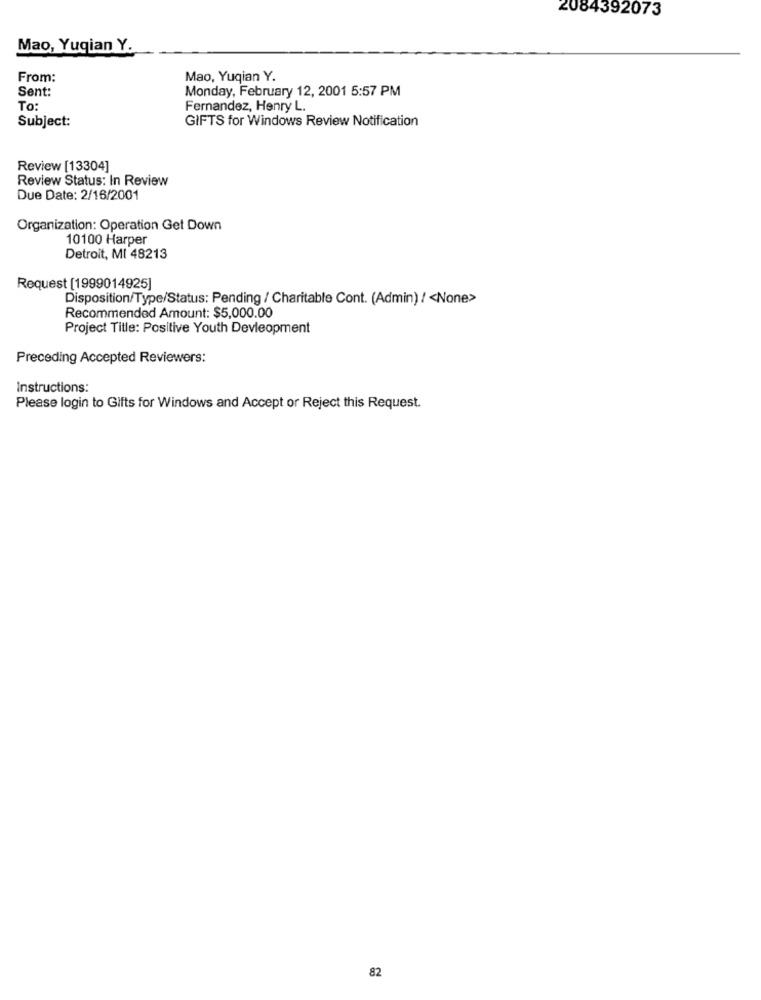
2084392073
Mao, Yuqian Y.
From:
Mao, Yuqian Y.
Sent:
Monday, February 12, 2001 5:57 PM
To:
Fernandez, Henry L.
Subject:
GIFTS for Windows Review Notification
Review [13304]
Review Status: In Review
Due Date: 2/16/2001
Organization: Operation Get Down
10100 Harper
Detroit, MI 48213
Request [1999014925]
Disposition/Type/Status: Pending / Charitable Cont. (Admin) ! < None>
Recommended Amount: $5,000.00
Project Title: Positive Youth Devleopment
Preceding Accepted Reviewers:
Instructions:
Please login to Gifts for Windows and Accept or Reject this Request.
82